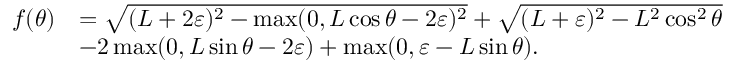
\begin{array} { r l } { f ( \theta ) } & { = \sqrt { ( L + 2 \varepsilon ) ^ { 2 } - \operatorname* { m a x } ( 0 , L \cos \theta - 2 \varepsilon ) ^ { 2 } } + \sqrt { ( L + \varepsilon ) ^ { 2 } - L ^ { 2 } \cos ^ { 2 } \theta } } \\ & { - 2 \operatorname* { m a x } ( 0 , L \sin \theta - 2 \varepsilon ) + \operatorname* { m a x } ( 0 , \varepsilon - L \sin \theta ) . } \end{array}